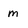
Character: m